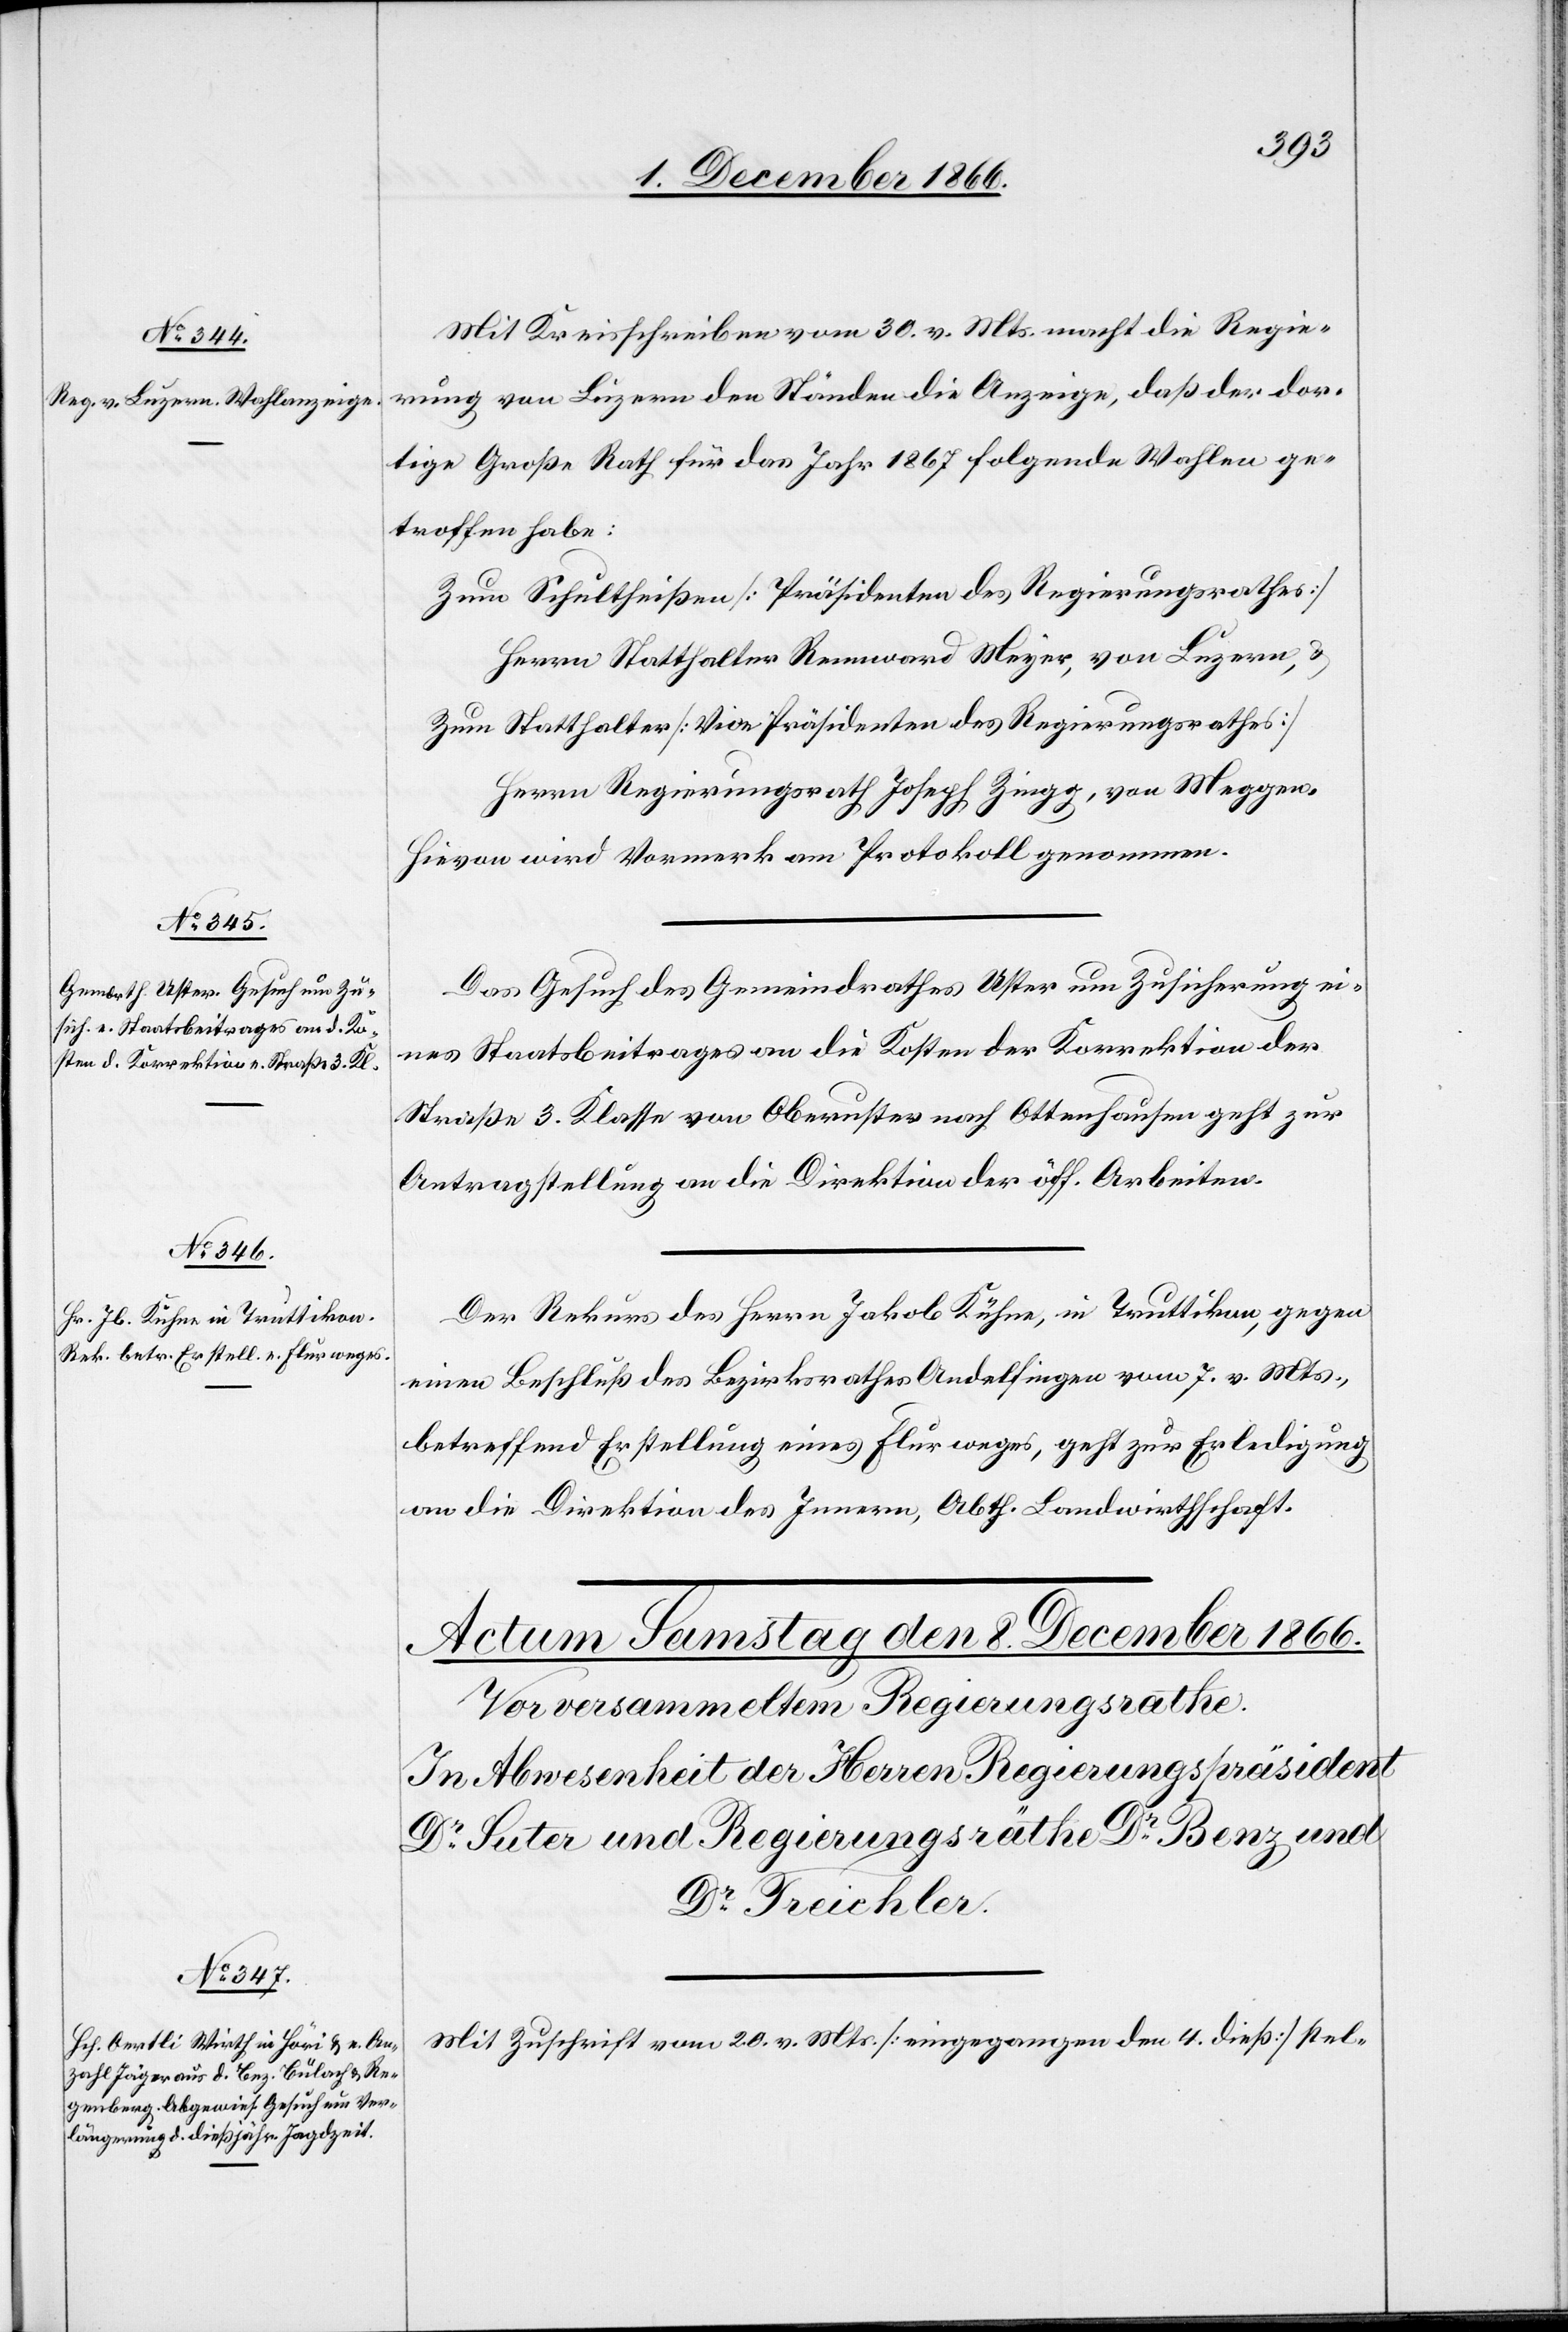
7. December 1866.]
Mit Kreisschreiben vom 30. v. Mts. macht die Regie¬
rung von Luzern den Ständen die Anzeige, daß der dor¬
tige Große Rath für das Jahr 1867 folgende Wahlen ge¬
troffen habe:
Zum Schultheißen [Präsidenten des Regierungsrathes]
Herrn Statthalter Rennward Meyer, von Luzern &
Zum Statthalter [Vice-Präsidenten des Regierungsrathes]
Herrn Regierungsrath Joseph Zingg, von Meggen.
Hievon wird Vormerk am Protokoll genommen.
Das Gesuch des Gemeindrathes Uster um Zusicherung ei¬
nes Staatsbeitrages an die Kosten der Korrektion der
Straße 3. Klasse von Oberuster nach Ottenhausen geht zur
Antragstellung an die Direktion der öff. Arbeiten.
Der Rekurs des Herrn Jakob Kühne, in Truttikon, gegen
einen Beschluß des Bezirksrathes Andelfingen vom 7. v. Mts.,
betreffend Erstellung eines Flurweges, geht zur Erledigung
an die Direktion des Innern, Abth. Landwirthschaft.
Mit Zuschrift vom 20. v. Mts. [eingegangen den 4. dieß] stel-